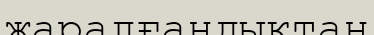
жаралғандықтан